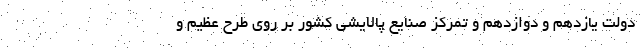
دولت یازدهم و دوازدهم و تمرکز صنایع پالایشی کشور بر روی طرح عظیم و